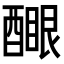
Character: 𨢻